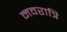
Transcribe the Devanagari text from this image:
नवरात्रि